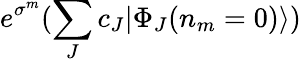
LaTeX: e^{\sigma^{m}}(\sum_{J}c_{J}|\Phi_{J}(n_{m}=0)\rangle)